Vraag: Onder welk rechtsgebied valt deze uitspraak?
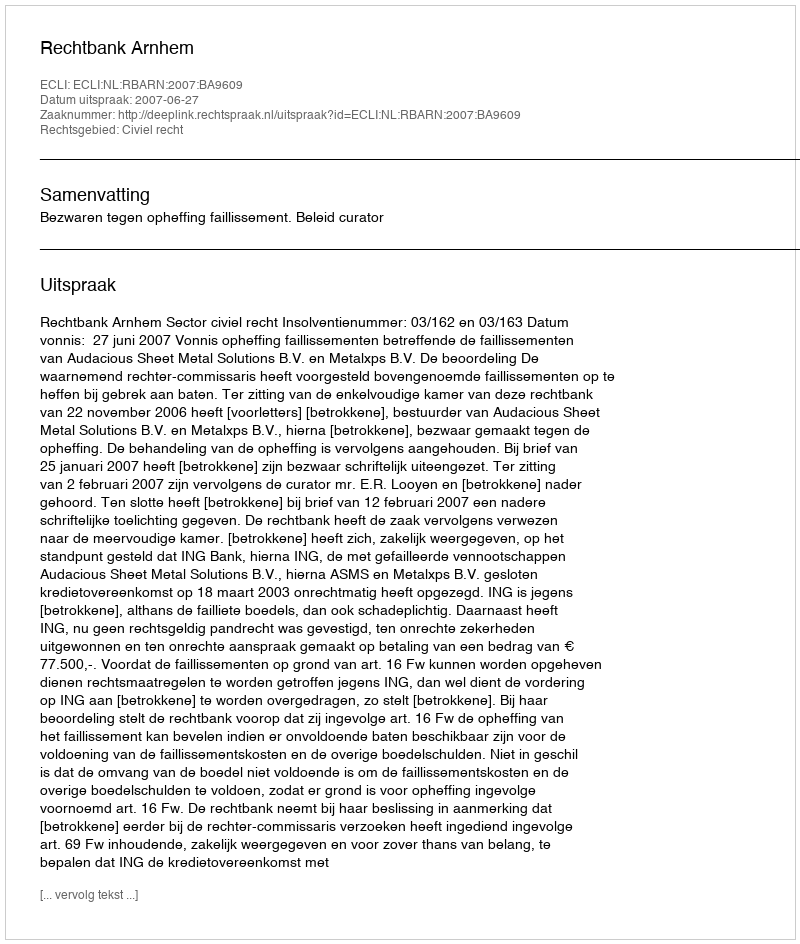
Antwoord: Civiel recht